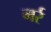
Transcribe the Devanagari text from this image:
मर्र